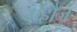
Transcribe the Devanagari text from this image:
महौज